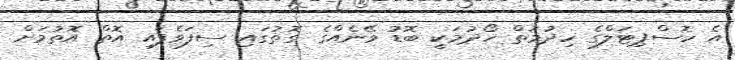
އެ ހޮސްޕިޓަލްގެ ހިދުމަތް ހޯދުމަކީ ބޮޑު ވޭނެއްގެ ގޮތުގައި ސިފަވެފައި އޮތް އޮތުމަށް